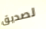
لصديق